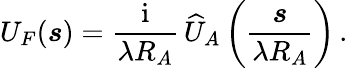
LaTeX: U_{F}(\boldsymbol s)={\frac{\mathrm{i}}{\lambda R_{A}}}\, \widehat U_{A}\left({\frac{\boldsymbol s}{\lambda R_{A}}}\right)\, .